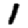
Digit: 1